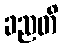
ခညတိ